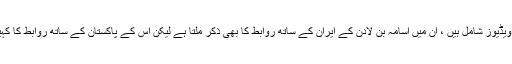
منظر عام پر آنے والی نئی دستاویزات میں اسامہ بن لادن کے بچوں کی کچھ ویڈیوز شامل ہیں ، ان میں اسامہ بن لادن کے ایران کے ساتھ روابط کا بھی ذکر ملتا ہے لیکن اس کے پاکستان کے ساتھ روابط کا کہیں ذکر موجود نہیں ہے جو موجودہ حالات میں پاکستان کیلئے اچھی خبر ہے۔